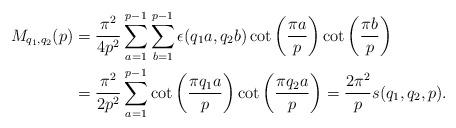
LaTeX: \begin{align*} M_{q_1,q_2}(p)&=\frac{\pi^2}{4p^2} \sum_{a=1}^{p-1} \sum_{b=1}^{p-1}\epsilon(q_1 a,q_2 b)\cot\left(\frac{\pi a}{p}\right)\cot\left(\frac{\pi b}{p}\right) \\& = \frac{\pi^2}{2p^2} \sum_{a=1}^{p-1}\cot\left(\frac{\pi q_1a}{p}\right)\cot\left(\frac{\pi q_2 a}{p}\right)= \frac{2\pi^2}{p}s(q_1,q_2,p). \end{align*}